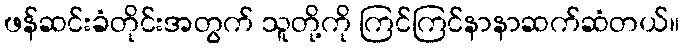
ဖန်ဆင်းခံတိုင်းအတွက် သူတို့ကို ကြင်ကြင်နာနာဆက်ဆံတယ်။